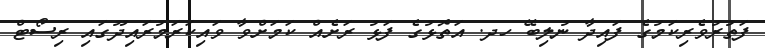
ފަތުރުވެރިކަމުގެ ފައިދާ ނުލިބޭ ހދ. އަތޮޅުގެ ފަޅު ރަށެއް ކަމަށްވާ ވައިކަރަމުރައިދޫގައި ރިސޯޓް